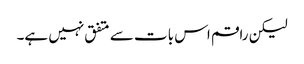
لیکن راقم اس بات سے متفق نہیں ہے۔